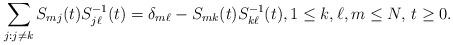
LaTeX: \begin{align*}\sum_{j: j \neq k} S_{m j}(t)S^{-1}_{j \ell}(t) = \delta_{m \ell} - S_{m k}(t)S^{-1}_{k \ell}(t),1 \leq k, \ell, m \leq N, \, t \geq 0.\end{align*}